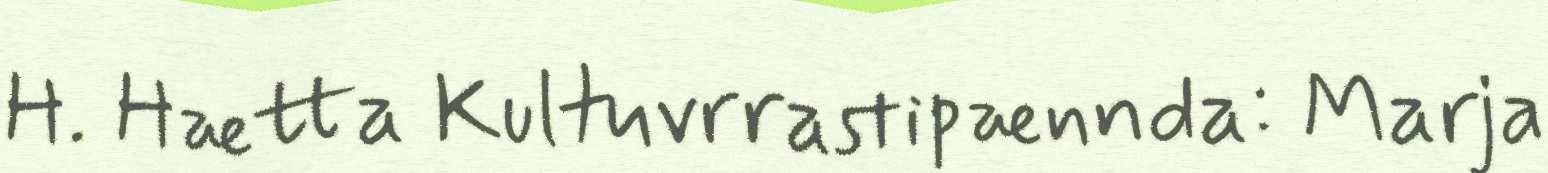
H. Hætta Kultuvrrastipænnda: Marja